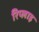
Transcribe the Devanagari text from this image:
रिप्लाइ